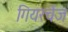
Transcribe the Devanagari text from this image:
गियरचेंज